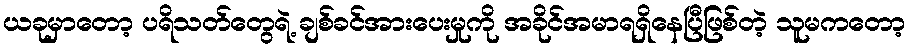
ယခုမှာတော့ ပရိသတ်တွေရဲ့ ချစ်ခင်အားပေးမှုကို အခိုင်အမာရရှိနေပြီဖြစ်တဲ့ သူမကတော့